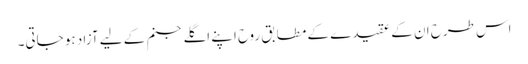
اس طرح ان کے عقیدے کے مطابق روح اپنے اگلے جنم کے لیے آزاد ہو جاتی۔